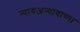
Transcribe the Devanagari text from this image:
न्यायअन्यायाच्या